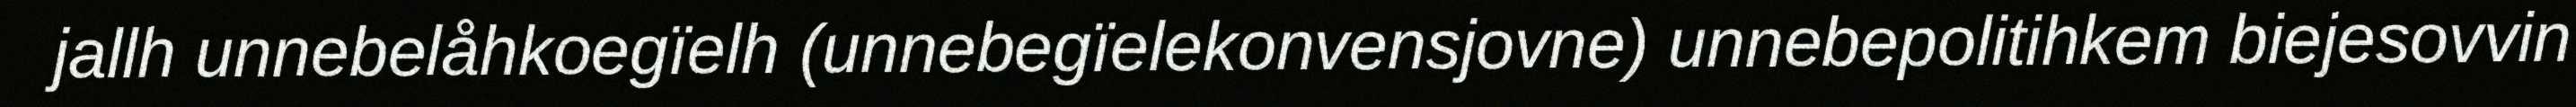
jallh unnebelåhkoegïelh (unnebegïelekonvensjovne) unnebepolitihkem biejesovvin